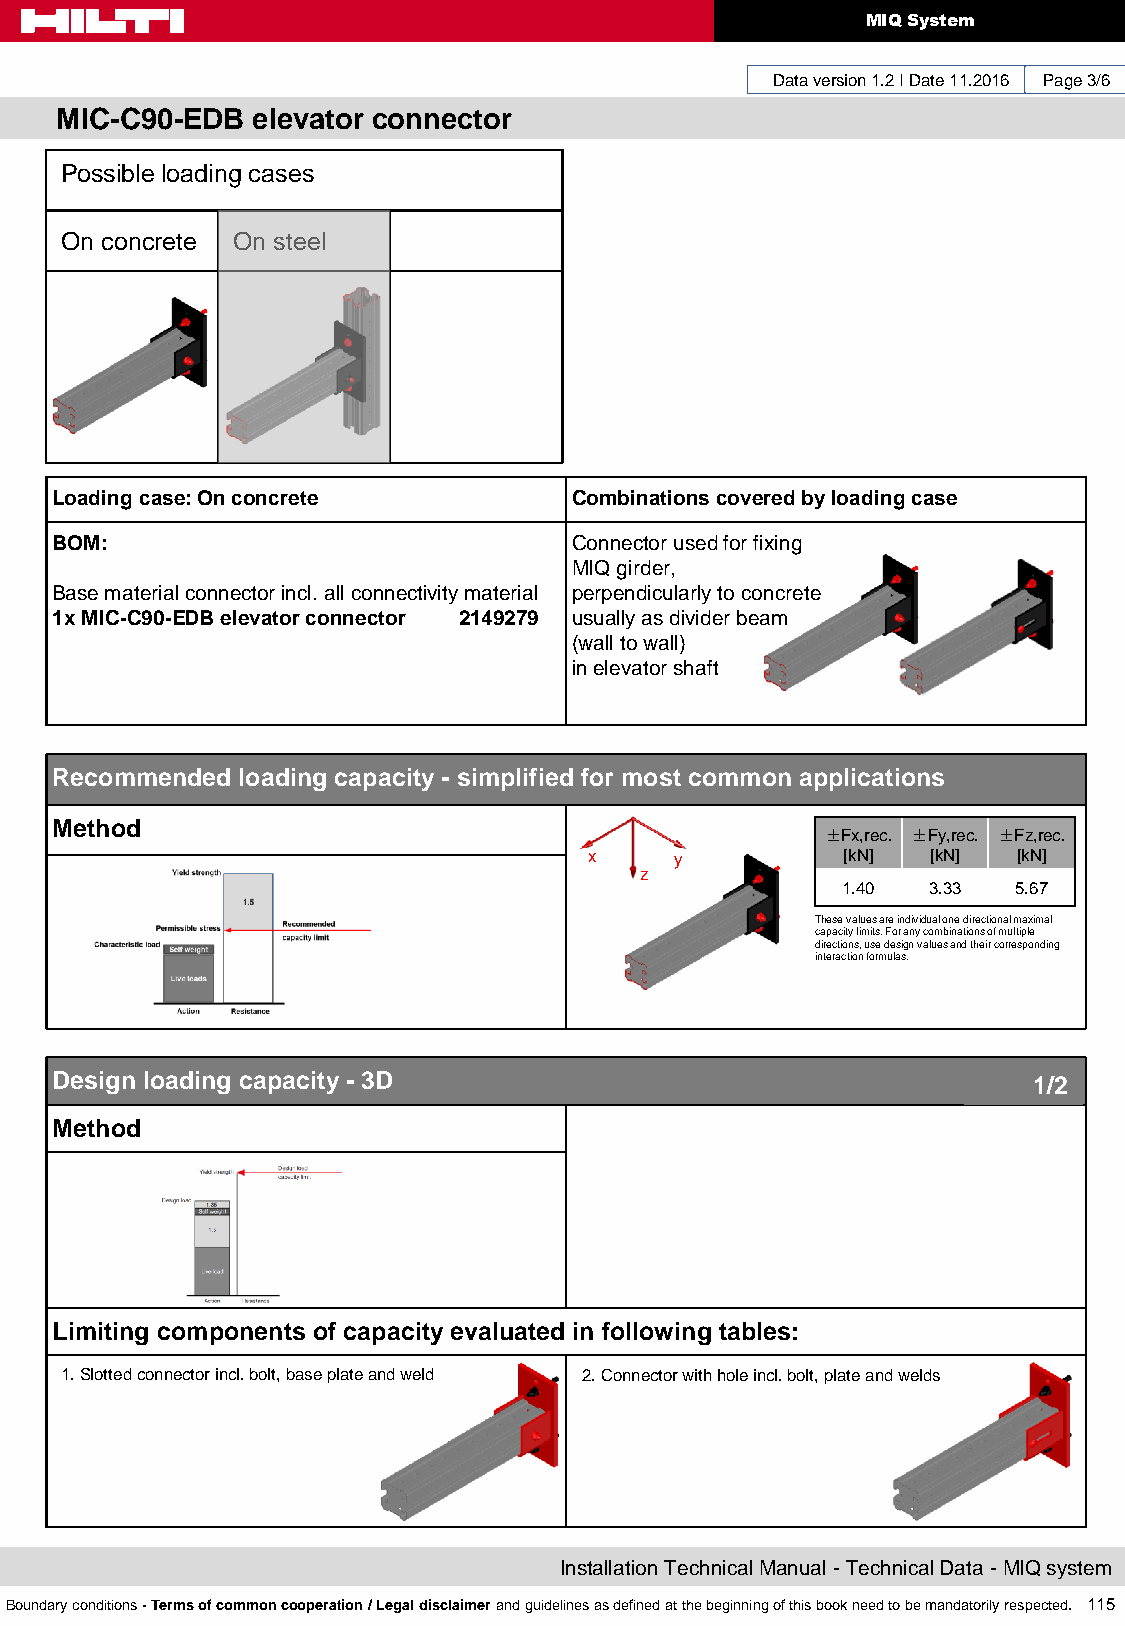
MIQ System
 Data version 1.2 I Date 11.2016 Page 3/6
 MIC-C90-EDB  elevator connector
 Possible loading cases
 On concrete On steel
 Loading case: On concrete          Combinations covered by loading case
 BOM:                               Connector used for fixing
 MIQ girder,
 Base material connector incl. all connectivity material perpendicularly to concrete
 1x MIC-C90-EDB elevator connector 2149279 usually as divider beam
 (wall to wall)
 in elevator shaft
 Recommended  loading capacity - simplified for most common applications
 Method
 ±Fx,rec. ±Fy,rec. ±Fz,rec.
 x     y          [kN]  [kN] [kN]
 z
 1.40 3.33  5.67
 These values are individual one directional maximal
 capacity limits. For any combinations of multiple
 directions, use design values and their corresponding
 interaction formulas.
 Design loading capacity - 3D                                     1/2
 Method
 Limiting components of capacity evaluated in following tables:
 1. Slotted connector incl. bolt, base plate and weld 2. Connector with hole incl. bolt, plate and welds
 Installation Technical Manual - Technical Data - MIQ system
 Boundary conditions - Terms of common cooperation / Legal disclaimer and guidelines as defined at the beginning of this book need to be mandatorily respected. 115